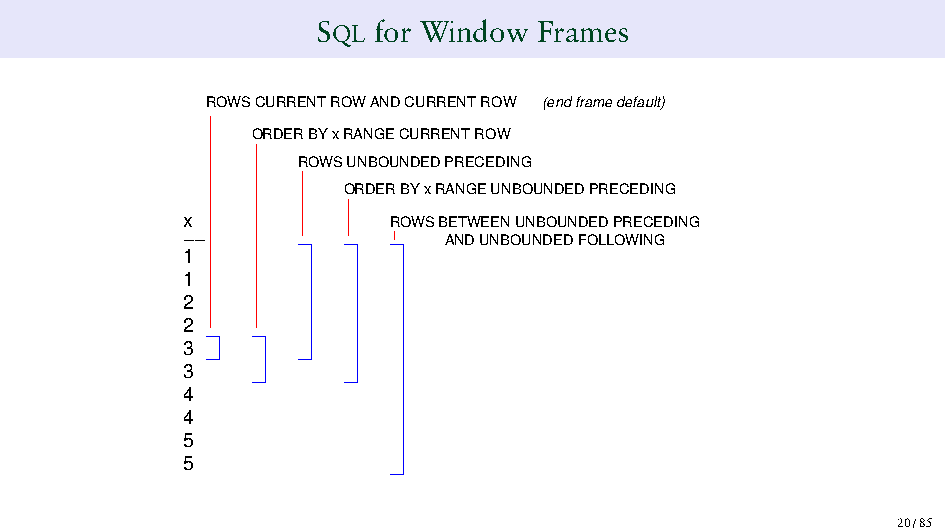
SQL for Window Frames
 ROWS CURRENT ROW AND CURRENT ROW (end frame default)
 ORDER BY x RANGE CURRENT ROW
 ROWS UNBOUNDED PRECEDING
 ORDER BY x RANGE UNBOUNDED PRECEDING
 x             ROWS BETWEEN UNBOUNDED PRECEDING
 −−               AND UNBOUNDED FOLLOWING
 1
 1
 2
 2
 3
 3
 4
 4
 5
 5
 20/85